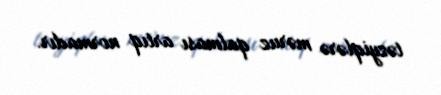
təzyiqlərə məruz qalması artıq normadır.